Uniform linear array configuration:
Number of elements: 4
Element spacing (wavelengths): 0.5
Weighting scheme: binomial
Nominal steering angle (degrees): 30
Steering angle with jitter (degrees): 31.319
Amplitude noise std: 0.05
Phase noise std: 0.05

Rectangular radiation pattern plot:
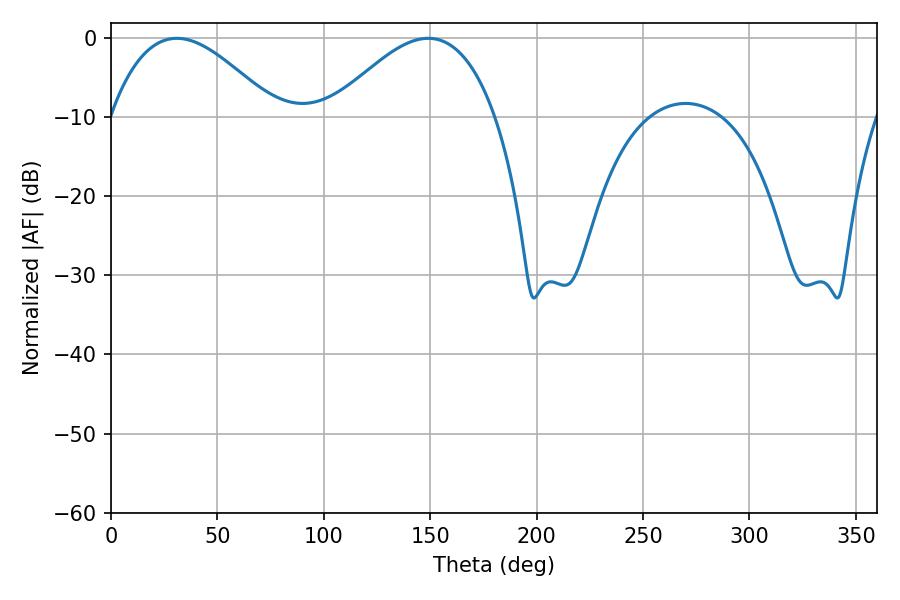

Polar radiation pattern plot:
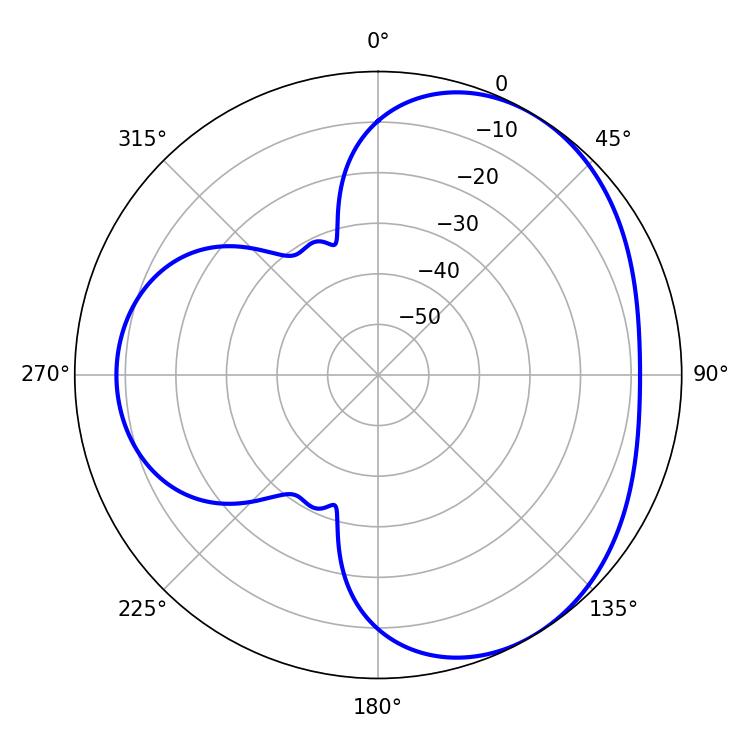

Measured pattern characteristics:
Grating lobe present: FALSE
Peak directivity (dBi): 3.842
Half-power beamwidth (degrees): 42.3
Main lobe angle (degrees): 30.96